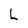
Character: L